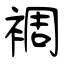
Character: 裯